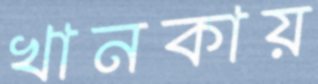
খানকায়